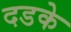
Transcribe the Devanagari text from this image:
दडके